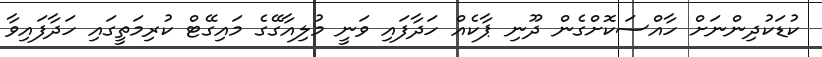
ކުޑަކުދިންނަށް ހާއްސަކޮށްގެން ދޫނި ޕާކެއް ހަދާފައި ވަނީ މުލިއާގޭގެ މައިގޭޓް ކުރިމަތީގައި ހަދާފައިވާ